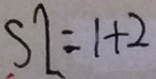
S 2 = 1 + 2